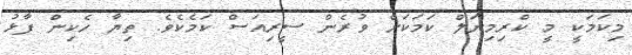
މިކަމަކީ މީ ކްރިމިނަލް ކަމަކަށް ވުރެން ސީރިއަސް ކަމެކެވެ. ތިޔާ ހެކިން ފާޅު